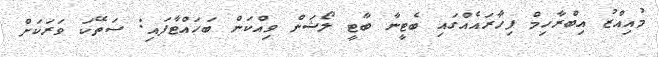
މުއިއްޒު އިބްރާހިމް ފިހާރައެއްގައި ބެޓީނާ ބާޓީ ލޯޝަން ވިއްކަން ބަހައްޓާފައި: ސަތޭކަ ވަރަކަށް